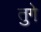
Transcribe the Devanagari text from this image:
तुगे